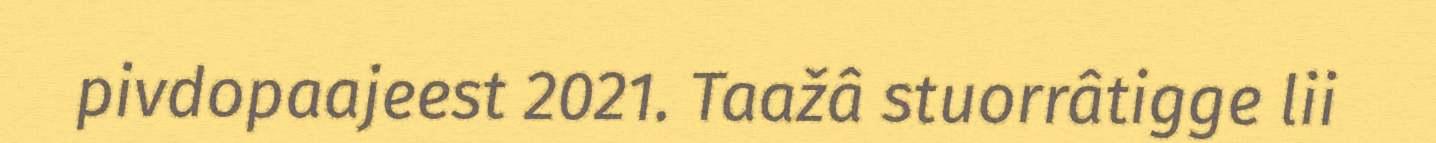
pivdopaajeest 2021. Taažâ stuorrâtigge lii